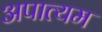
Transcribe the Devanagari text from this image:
अपात्यम